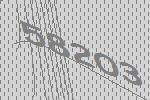
58203